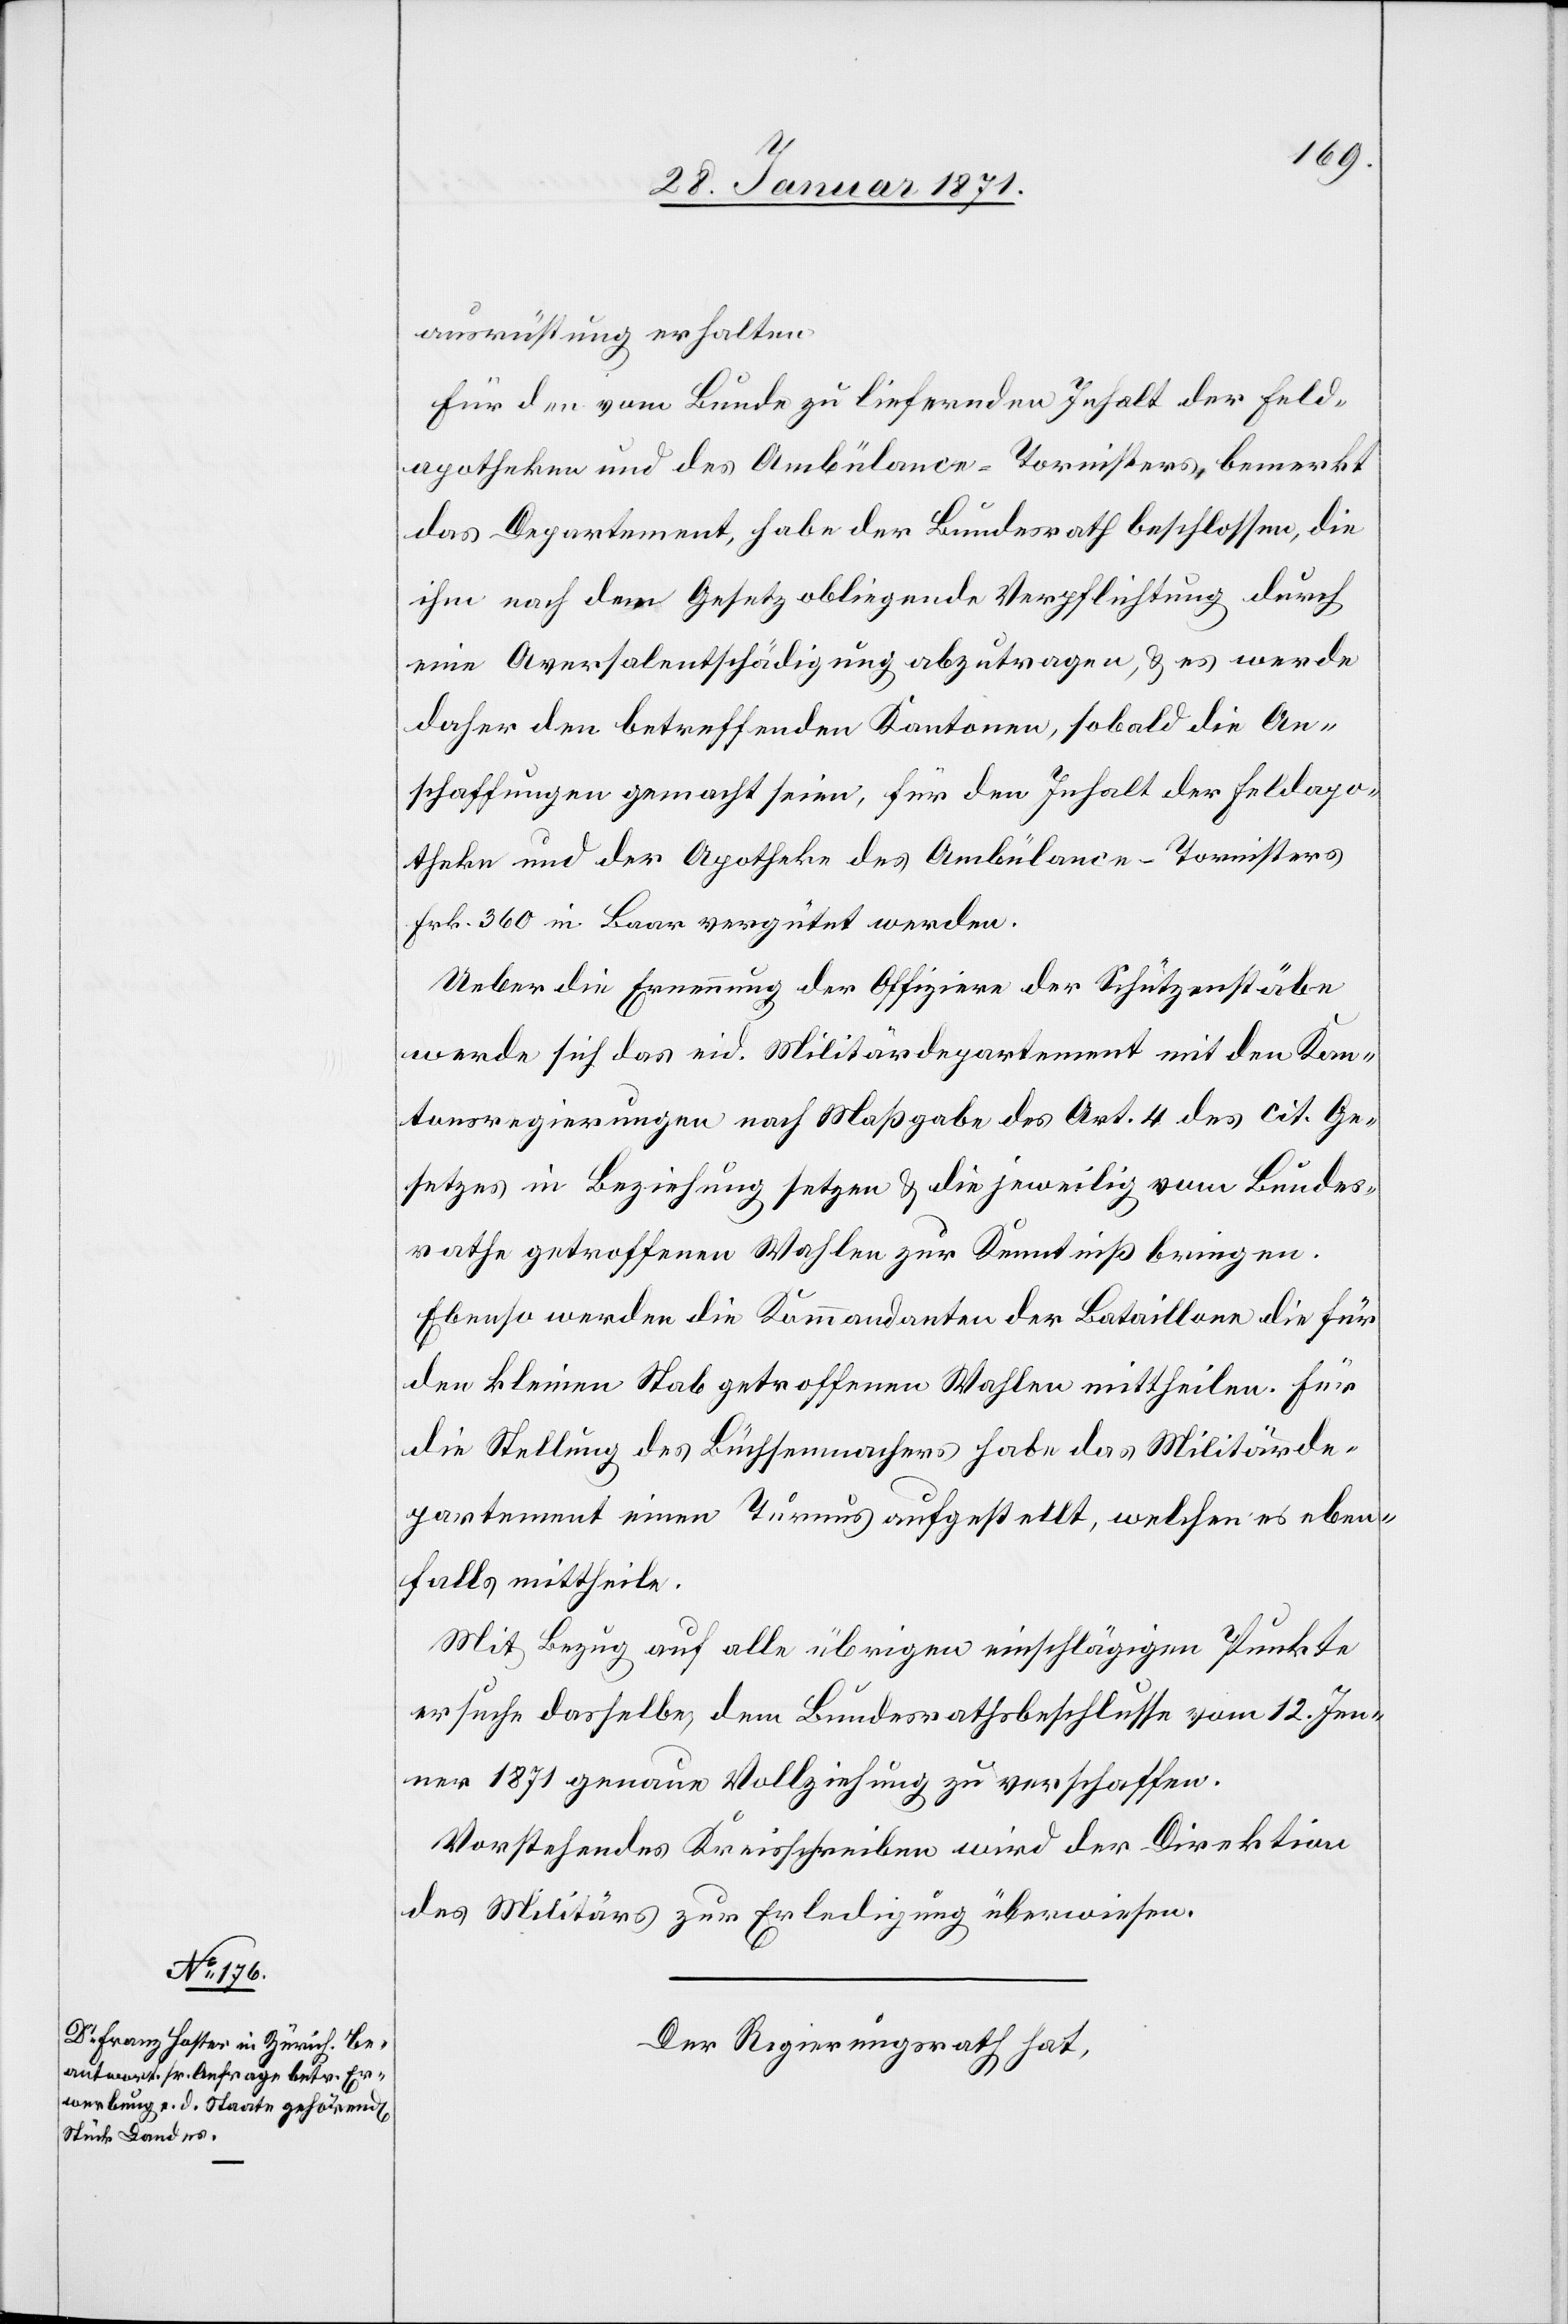
ausrüstung erhalten.
Für den vom Bunde zu liefernden Inhalt der Feld¬
apotheken und des Ambülancen-Tornisters, bemerkt
das Departement, habe der Bundesrath beschlossen, die
ihm nach dem Gesetz obliegende Verpflichtung durch
eine Aversalentschädigung abzutragen, u. es werde
daher den betreffenden Kantonen, sobald die An¬
schaffungen gemacht seien, für den Inhalt der Feldapo¬
theke und der Apotheke des Ambülance-Tornister
Frk. 360 in Baar vergütet werden.
Ueber die Ernennung der Offiziere der Schützenstäbe
werde sich das eid. Militärdepartement mit den Kan¬
tonsregierungen nach Maßgabe des Art. 4 des cit. Ge¬
setzes in Beziehung setzen u. die jeweilig vom Bundes¬
rathe getroffenen Wahlen zur Kenntniß bringen.
Ebenso werden die Kommandanten der Bataillone die für
den kleinen Stab getroffenen Wahlen mittheilen. Für
die Stellung des Büchsenmachers habe das Militärde¬
partement einen Turnus aufgestellt, welchen es eben¬
falls mittheilt.
Mit Bezug auf alle übrigen einschlägigen Punkte
ersuche dasselbe, dem Bundesrathsbeschlusse vom 12. Jen¬
ner 1871 genaue Vollziehung zu verschaffen.
Vorstehendes Kreisschreiben wird der Direktion
des Militärs zur Erledigung überwiesen.
Der Regierungsrath hat,